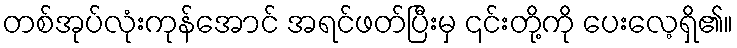
တစ်အုပ်လုံးကုန်အောင် အရင်ဖတ်ပြီးမှ ၎င်းတို့ကို ပေးလေ့ရှိ၏။